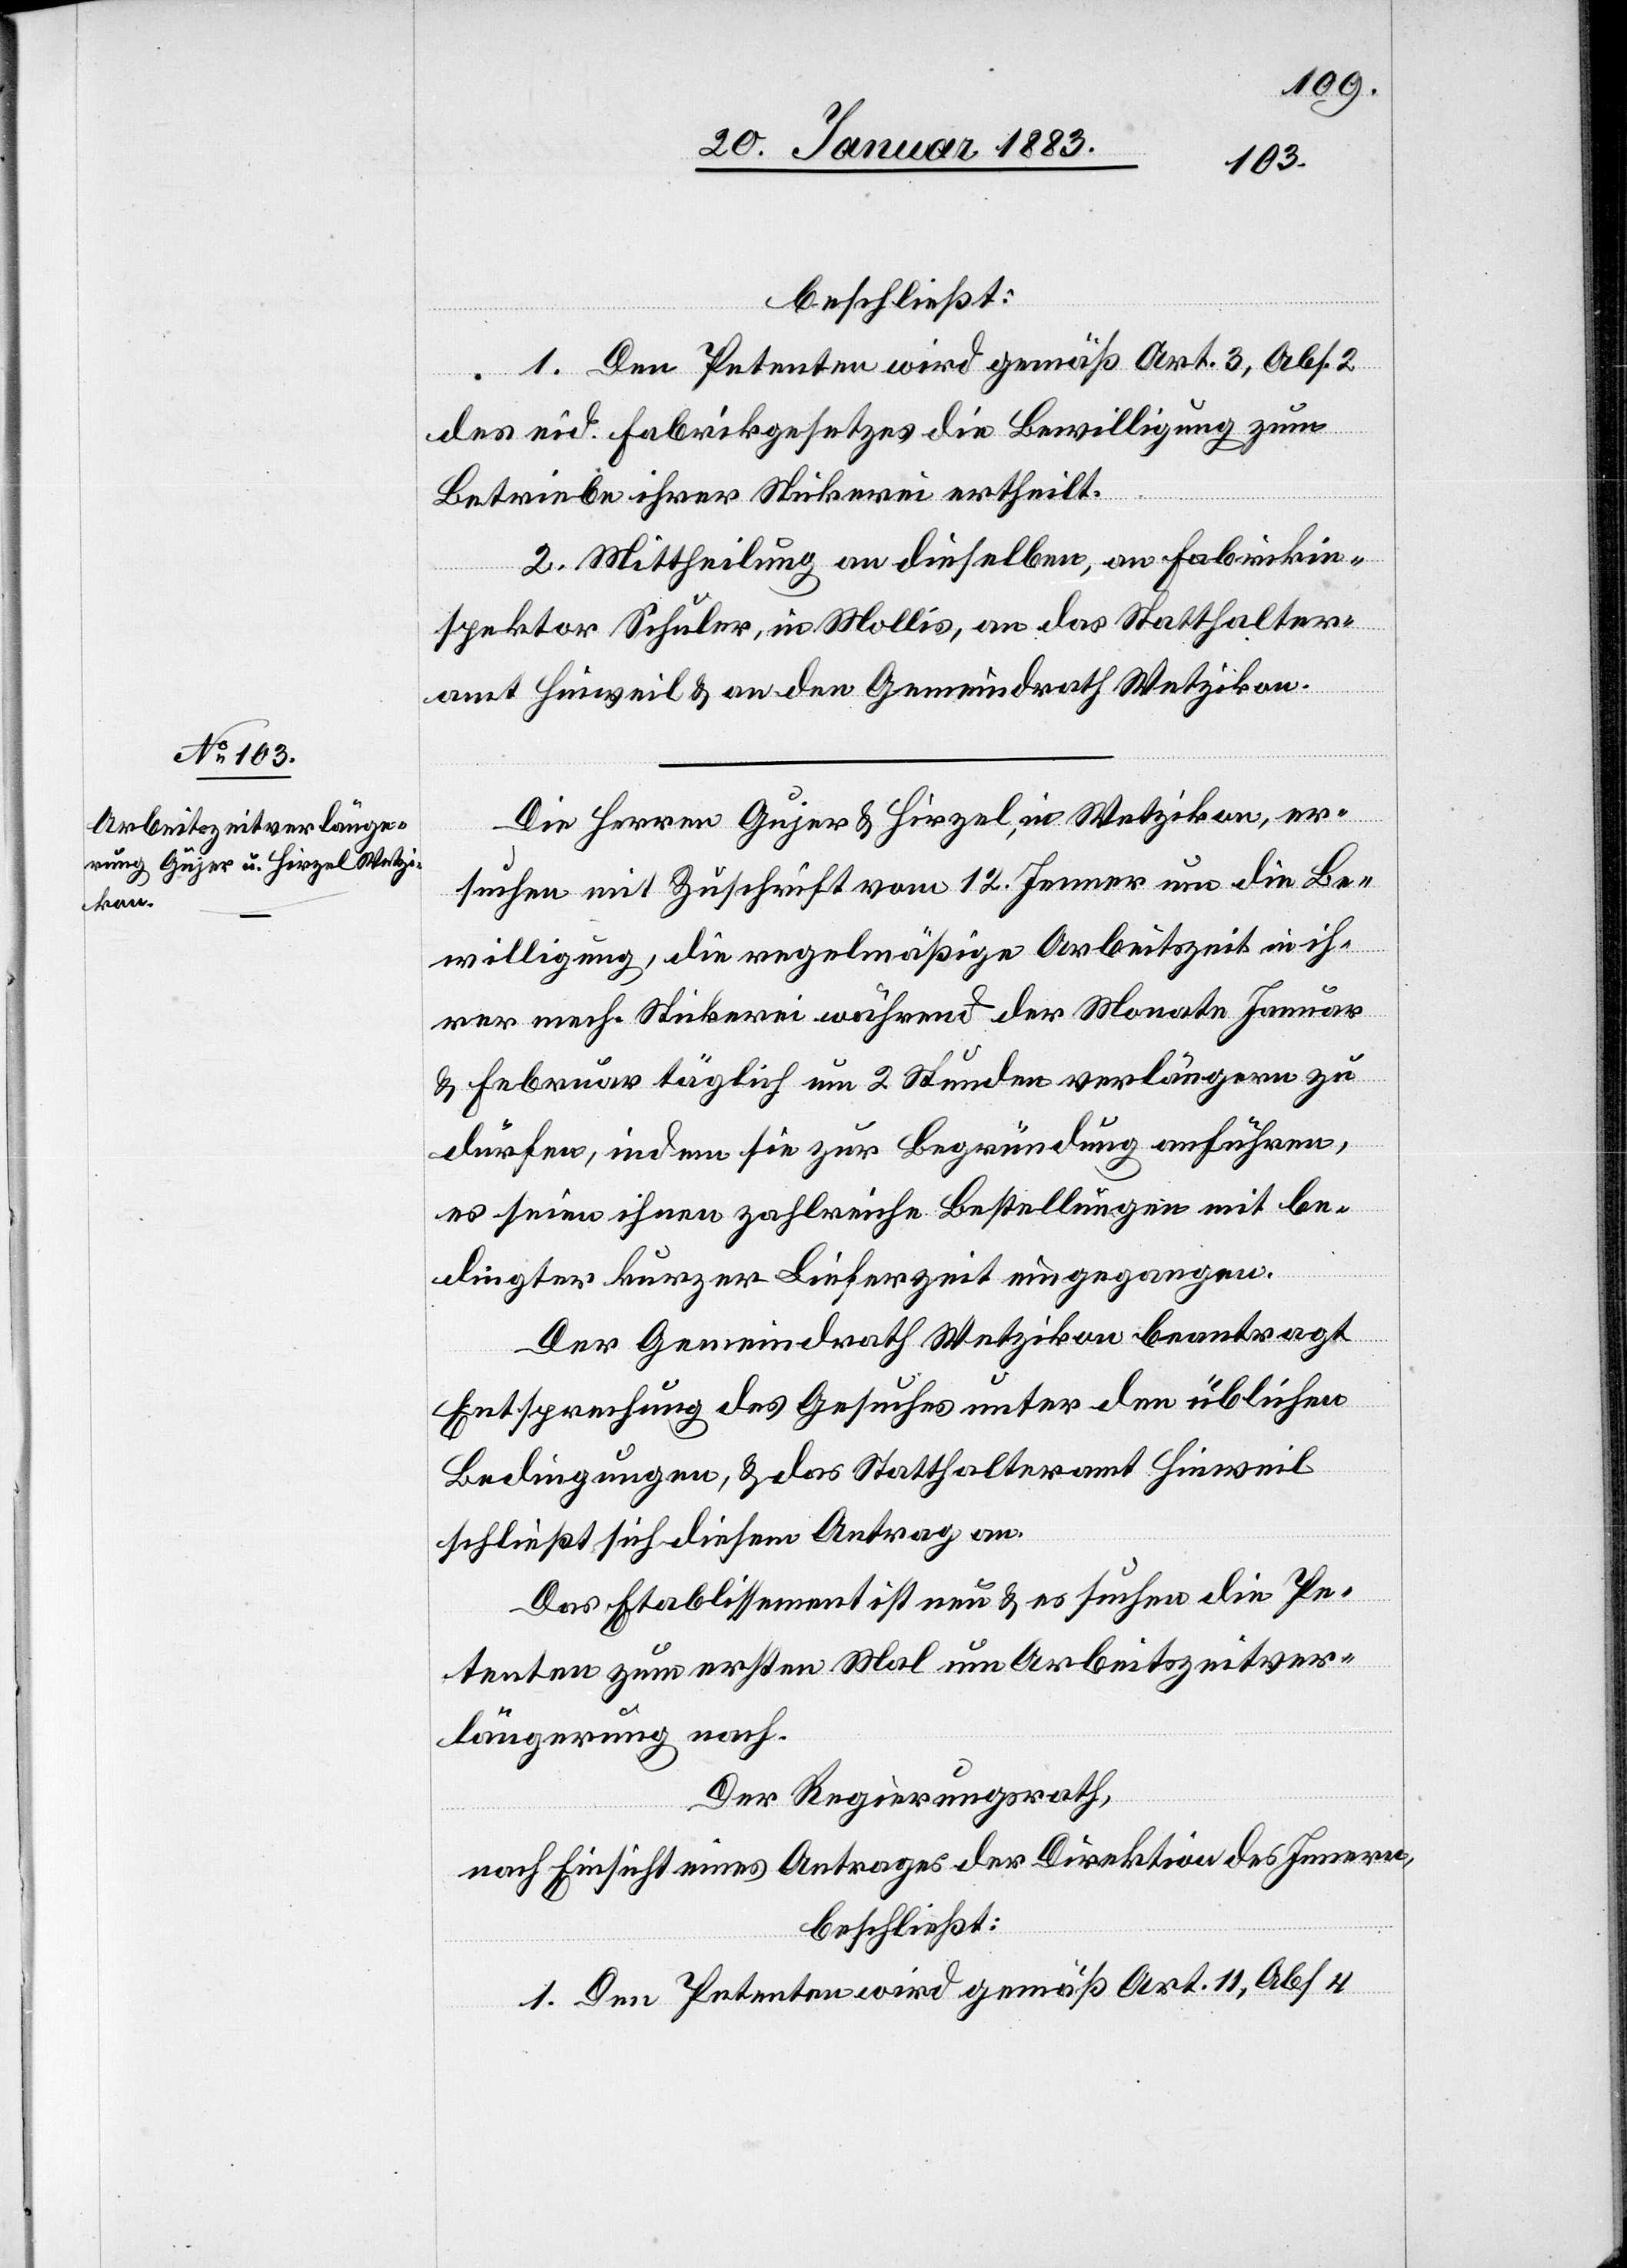
beschließt:
1. Den Petenten wird gemäß Art. 3, Abs. 2
des eid. Fabrikgesetzes die Bewilligung zum
Betriebe ihrer Stickerei ertheilt.
2. Mittheilung an dieselben, an Fabrikin¬
spektor Schuler, in Mollis, an das Statthalter¬
amt Hinweil & an den Gemeindrath Wetzikon.
Die Herren Gujer & Hirzel, in Wetzikon, er¬
suchen mit Zuschrift vom 12. Jenner um die Be¬
willigung, die regelmäßige Arbeitszeit in ih¬
rer mech. Stickerei während der Monate Januar
& Februar täglich um 2 Stunden verlängern zu
dürfen, indem sie zur Begründung anführen,
es seien ihnen zahlreiche Bestellungen mit be¬
dingter kurzer Lieferzeit eingegangen.
Der Gemeindrath Wetzikon beantragt
Entsprechung des Gesuches unter den üblichen
Bedingungen, & das Statthalteramt Hinweil
schließt sich diesem Antrag an.
Das Etablissement ist neu & es suchen die Pe¬
tenten zum ersten Mal um Arbeitszeitver¬
längerung nach.
Der Regierungsrath,
nach Einsicht eines Antrages der Direktion des Innern,
beschließt:
1. Den Petenten wird gemäß Art. 11, Abs. 4